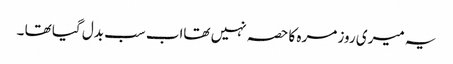
یہ میری روز مرہ کا حصہ نہیں تھااب سب بدل گیا تھا ۔